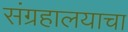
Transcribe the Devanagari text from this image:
संग्रहालयाचा